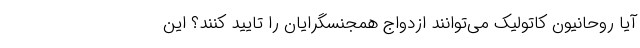
آیا روحانیون کاتولیک می‌توانند ازدواج همجنسگرایان را تایید کنند؟ این